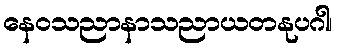
နေဝသညာနာသညာယတနုပဂါ၊